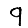
Digit: 9